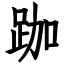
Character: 跏